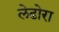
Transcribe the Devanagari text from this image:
लेढोरा